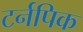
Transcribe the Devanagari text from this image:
टर्नपिक